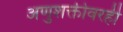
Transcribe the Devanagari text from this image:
अणुशक्तीवरही